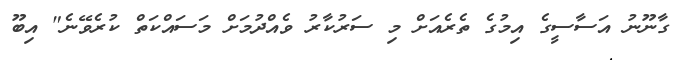
ގާނޫނު އަސާސީގެ އިމުގެ ތެރެއަށް މި ސަރުކާރު ވެއްދުމަށް މަސައްކަތް ކުރެވޭނެ" އިބޫ